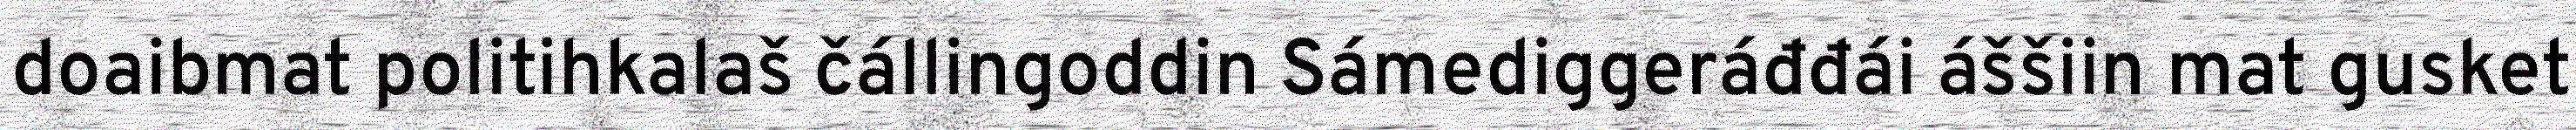
doaibmat politihkalaš čállingoddin Sámediggeráđđái áššiin mat gusket